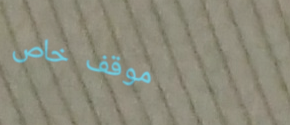
موقف خاص